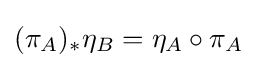
(\pi _{A})_{*}\eta _{B}=\eta _{A}\circ \pi _{A}